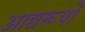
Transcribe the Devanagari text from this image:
आद्यरूपों